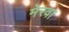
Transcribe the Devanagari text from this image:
मेरवा